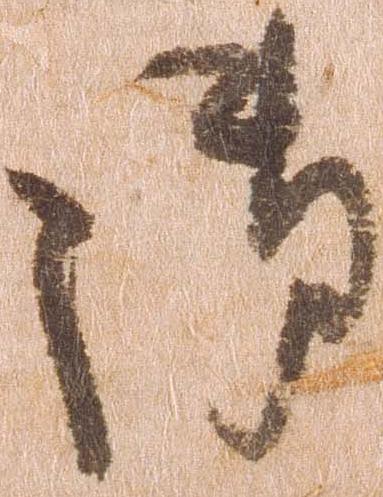
御